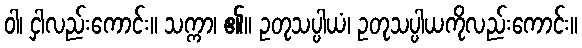
ဝါ၊ ငှါလည်းကောင်း။ သက္ကာ၊ ၏။ ဥတုသပ္ပါယံ၊ ဥတုသပ္ပါယကိုလည်းကောင်း။